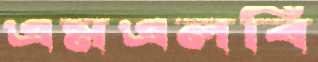
এমএলবি